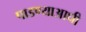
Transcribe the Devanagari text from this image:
पाडण्याआधी